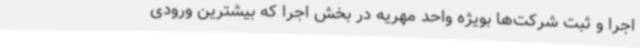
اجرا و ثبت شرکت‌ها بویژه واحد مهریه در بخش اجرا که بیشترین ورودی